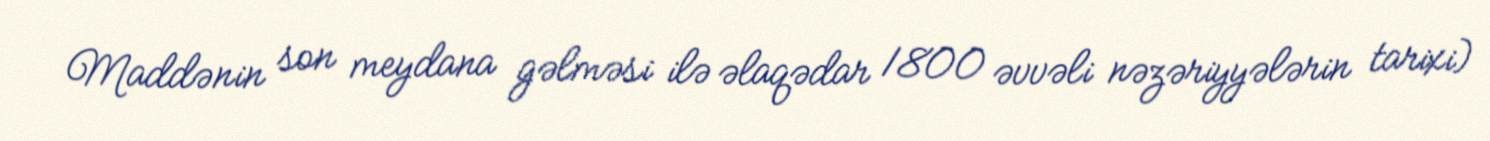
Maddənin son meydana gəlməsi ilə əlaqədar 1800 əvvəli nəzəriyyələrin tarixi)